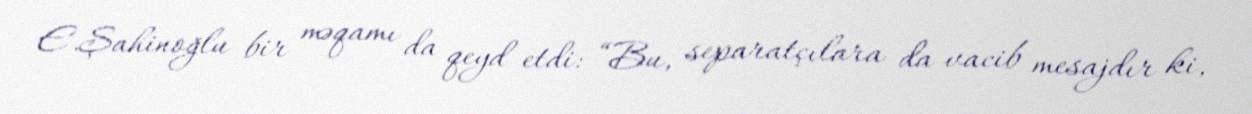
E.Şahinoğlu bir məqamı da qeyd etdi: “Bu, separatçılara da vacib mesajdır ki,